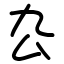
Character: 厹